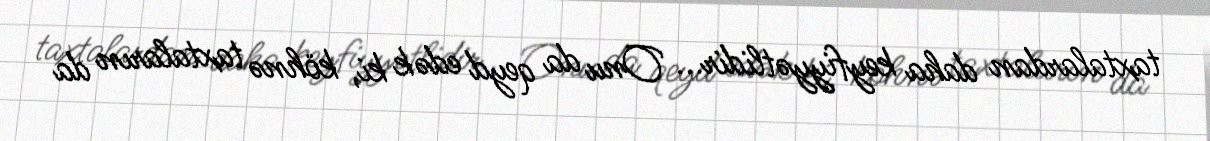
taxtalardan daha keyfiyyətlidir... Onu da qeyd edək ki, köhnə taxtaların da